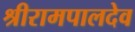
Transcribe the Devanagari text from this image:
श्रीरामपालदेव